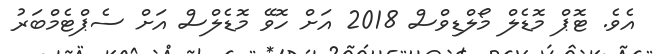
އެވެ. ޓޮޕް މޮޑެލް މޯލްޑިވްސް 2018 އަށް ހޮވޭ މޮޑެލްސް އަށް ސެޕްޓެމްބަރު